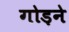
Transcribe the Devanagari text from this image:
गोड़ने